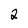
Character: 2